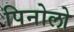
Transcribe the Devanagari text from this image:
पिनोलो